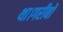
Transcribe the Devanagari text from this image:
था।गरीबों